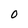
Character: 0